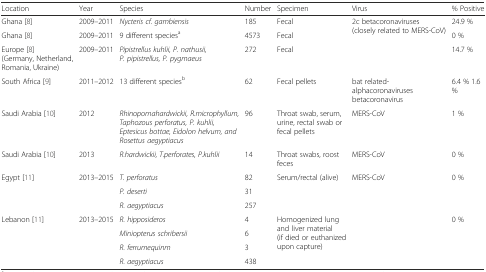
<table><thead><tr><td><b>Location</b></td><td><b>Year</b></td><td><b>Species</b></td><td><b>Number</b></td><td><b>Specimen</b></td><td><b>Virus</b></td><td><b>% Positive</b></td></tr></thead><tbody><tr><td>Ghana [8]</td><td>2009–2011</td><td><i>Nycteris cf. gambiensis</i></td><td>185</td><td>Fecal</td><td rowspan="3">2c betacoronaviruses(closely related to MERS-CoV)</td><td>24.9 %</td></tr><tr><td>Ghana [8]</td><td>2009–2011</td><td>9 different species<sup>a</sup></td><td>4573</td><td>Fecal</td><td>0 %</td></tr><tr><td>Europe [8] (Germany, Netherland, Romania, Ukraine)</td><td>2009–2011</td><td><i>Pipistrellus kuhlii, P. nathusii, P. pipistrellus, P. pygmaeus</i></td><td>272</td><td>Fecal</td><td>14.7 %</td></tr><tr><td>South Africa [9]</td><td>2011–2012</td><td>13 different species<sup>b</sup></td><td>62</td><td>Fecal pellets</td><td>bat related-alphacoronaviruses betacoronavirus</td><td>6.4 % 1.6 %</td></tr><tr><td>Saudi Arabia [10]</td><td>2012</td><td><i>Rhinopomahardwickii, R.microphyllum, Taphozous perforatus, P. kuhlii, Eptesicus bottae, Eidolon helvum, and Rosettus aegyptiacus</i></td><td>96</td><td>Throat swab, serum, urine, rectal swab or fecal pellets</td><td>MERS-CoV</td><td>1 %</td></tr><tr><td>Saudi Arabia [10]</td><td>2013</td><td><i>R.hardwickii, T.perforates, P.kuhlii</i></td><td>14</td><td>Throat swabs, roost feces</td><td>MERS-CoV</td><td>0 %</td></tr><tr><td rowspan="3">Egypt [11]</td><td rowspan="3">2013–2015</td><td><i>T. perforatus</i></td><td>82</td><td rowspan="3">Serum/rectal (alive)</td><td rowspan="7">MERS-CoV</td><td rowspan="3">0 %</td></tr><tr><td><i>P. deserti</i></td><td>31</td></tr><tr><td><i>R. aegyptiacus</i></td><td>257</td></tr><tr><td rowspan="4">Lebanon [11]</td><td rowspan="4">2013–2015</td><td><i>R. hipposideros</i></td><td>4</td><td rowspan="4">Homogenized lung and liver material (if died or euthanized upon capture)</td><td rowspan="4">0 %</td></tr><tr><td><i>Miniopterus schribersii</i></td><td>6</td></tr><tr><td><i>R. ferrumequinm</i></td><td>3</td></tr><tr><td><i>R. aegyptiacus</i></td><td>438</td></tr></tbody></table>